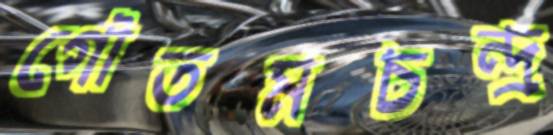
গৌতমচন্দ্র